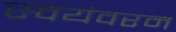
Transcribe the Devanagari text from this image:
स्वयंवरम